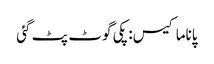
پاناما کیس: پکی گوٹ پٹ گئی